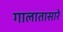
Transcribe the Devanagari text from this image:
गालातासारे